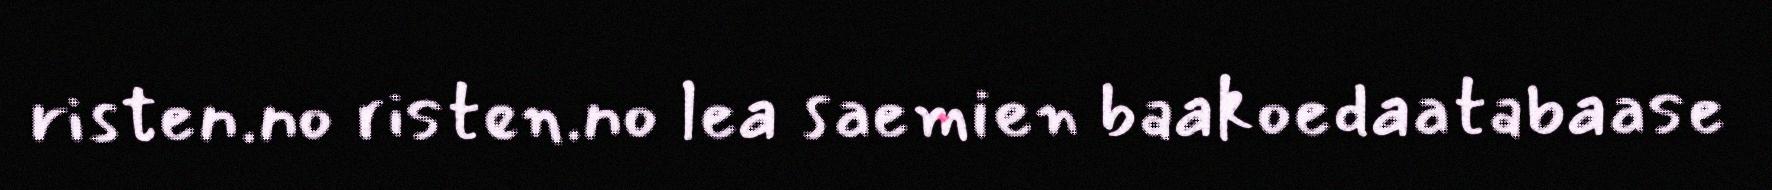
risten.no risten.no lea saemien baakoedaatabaase